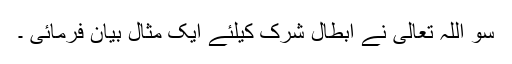
سو اللہ تعالیٰ نے ابطالِ شرک کیلئے ایک مثال بیان فرمائی ۔